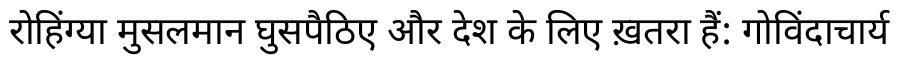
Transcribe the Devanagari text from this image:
रोहिंग्या मुसलमान घुसपैठिए और देश के लिए ख़तरा हैं: गोविंदाचार्य